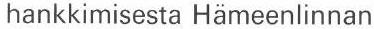
hankkimisesta Hämeenlinnan